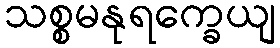
သစ္စမနုရက္ခေယျ